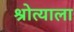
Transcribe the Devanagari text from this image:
श्रोत्याला